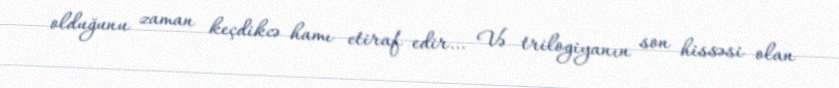
olduğunu zaman keçdikcə hamı etiraf edir… Və trilogiyanın son hissəsi olan